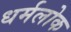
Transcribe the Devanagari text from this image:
धर्मलोक